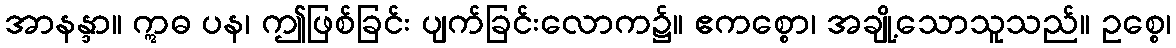
အာနန္ဒာ။ ဣဓ ပန၊ ဤဖြစ်ခြင်း ပျက်ခြင်းလောက၌။ ဧကစ္စော၊ အချို့သောသူသည်။ ဥစ္စေ၊